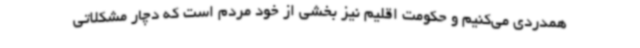
همدردی می‌کنیم و حکومت اقلیم نیز بخشی از خود مردم است که دچار مشکلاتی